system: You are a helpful assistant.
user:
Analyze the provided spectrum to determine if it is a **White Dwarf (WD)**.

A White Dwarf spectrum is defined by its **extreme purity** (due to gravitational settling) and/or **extreme pressure broadening** (due to high surface gravity). You must check for one of the following mutually exclusive signatures:

- **Key Visual Indicators (Check for ONE of these types):**

    - **1. DA-Type Signature (Most Common):**
        - **(Primary Feature):** Extreme pressure broadening (Stark broadening) of the **Hydrogen (H) Balmer lines**.
        - **(Key Lines):** $H\beta$ (approx. $4861$ Å) and $H\gamma$ (approx. $4340$ Å). $H\alpha$ (approx. $6563$ Å) will also be present if the wavelength range covers it.
        - **(Line Profile):** This is the **defining feature**. The lines are **NOT** sharp. They appear as massive, **extremely broad and deep "troughs" or "dips"** in the spectrum, often hundreds of Ångströms wide. The continuum will appear to "scoop" down at these wavelengths.
        - **(Distinction):** Normal A-type or B-type stars have *narrow* and *sharp* Hydrogen lines. A DA White Dwarf's lines are unmistakably "smeared" or "blurry" from pressure.

    - **2. DB-Type Signature:**
        - **(Primary Feature):** Broad absorption lines from **Neutral Helium (He I)**. The spectrum must lack any visible Hydrogen lines.
        - **(Key Lines):** Look for broad absorption near $4471$ Å, $4921$ Å, and $5876$ Å.
        - **(Line Profile):** These lines are also significantly pressure-broadened, appearing much wider than they would in a normal B-type main-sequence star.

    - **3. DC-Type Signature:**
        - **(Primary Feature):** A **featureless continuous spectrum**.
        - **(Line Profile):** The spectrum is a smooth curve with **no significant absorption or emission lines**.
        - **(Key Confirmation):** The continuum is almost always **blue or white**, indicating a hot object. This signature implies the atmosphere is so pure (or so cool) that no spectral lines are visible in the optical range. Its WD identity is confirmed by its extremely low intrinsic brightness (high absolute magnitude).

    - **4. DZ-Type Signature (Metal-Polluted):**
        - **(Primary Feature):** **Isolated, narrow metal absorption lines** on an otherwise featureless (DC-like) continuum.
        - **(Key Lines):** The **Calcium (Ca II) H & K doublet** (approx. **$3934$ Å** and **$3968$ Å**) is the most common and defining feature.
        - **(Line Profile):** These lines are "out of place." They are *not* part of a "forest" of thousands of lines. This signature is evidence of recent *accretion* (pollution) from rocky debris.
        - **(Distinction):** Normal G/K/M stars have a *dense forest* of thousands of metal lines. A DZ has a *clean* continuum with *only a few* strong metal lines.

    - **5. DQ-Type Signature (Carbon-Polluted):**
        - **(Primary Feature):** Absorption bands from **Carbon (C₂ "Swan Bands" or atomic C I)**.
        - **(Key Lines - C₂):** Look for bandheads with a "saw-tooth" shape near $5635$ Å, **$5165$ Å** (strongest), and $4737$ Å.
        - **(Key Confirmation):** The underlying **continuum must be blue or white** (hot).
        - **(Distinction):** This is the critical difference from a **Carbon Star**, which has the *exact same* C₂ bands but on an extremely **red, cool** continuum.

- **(Overall Spectrum):**
    - The continuum (overall shape) is typically **blue-sloping** (brighter in the blue than the red), as most white dwarfs are very hot.
    - The spectrum will look "pure" or "simple," dominated by only *one* of the five signatures listed above.

Think first, call **spectral_visualization_tool** if needed to examine features in detail, then provide your final answer. Your response must adhere to the following strict rules:
1.  **Overall Structure:** Your response must follow the format `<think>...</think> <tool_call>...</tool_call> (if a tool is used) <answer>...</answer>`.
2.  **Tool Usage Constraint:** You may only make **one** tool call per turn.
3.  **Final Answer Format:** In the `<answer>` tag, your conclusion must be inside a `\boxed{}` command (e.g., `\boxed{YES}` or `\boxed{NO}`), followed by your justification.

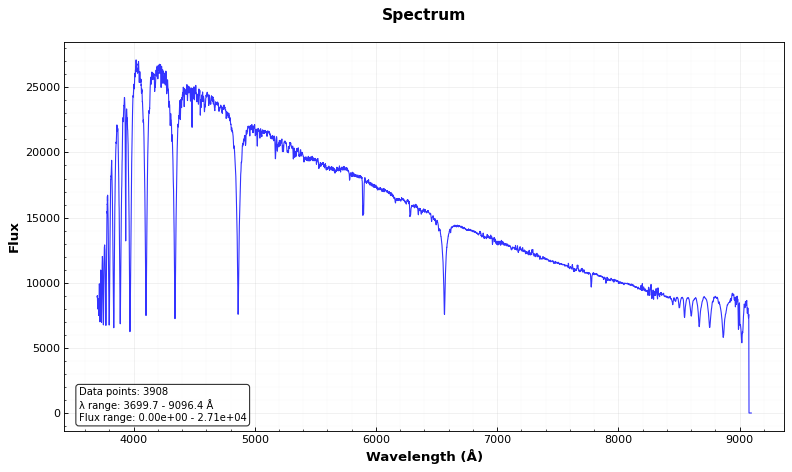
Answer: NO